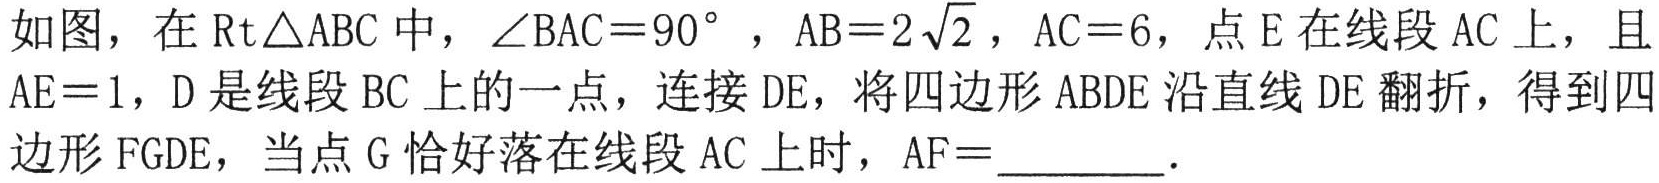
如图，在\(\text{Rt}\triangle ABC\)中，\(\angle BAC = 90^{\circ}\)，\(AB = 2\sqrt{2}\)，\(AC = 6\)，点\(E\)在线段\(AC\)上，且\(AE = 1\)，\(D\)是线段\(BC\)上的一点，连接\(DE\)，将四边形\(ABDE\)沿直线\(DE\)翻折，得到四边形\(FGDE\)，当点\(G\)恰好落在线段\(AC\)上时，\(AF=\)  ．